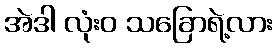
အဲဒါ လုံးဝ သခြောရဲ့လား